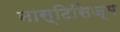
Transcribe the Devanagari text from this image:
नास्टिसिज्म